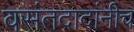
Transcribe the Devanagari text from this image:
वसंतदादांनीच